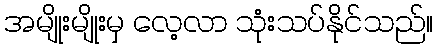
အမျိုးမျိုးမှ လေ့လာ သုံးသပ်နိုင်သည်။